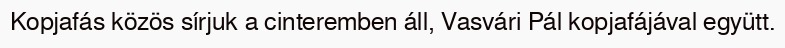
Kopjafás közös sírjuk a cinteremben áll, Vasvári Pál kopjafájával együtt.